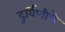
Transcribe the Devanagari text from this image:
दुर्बिणीचे